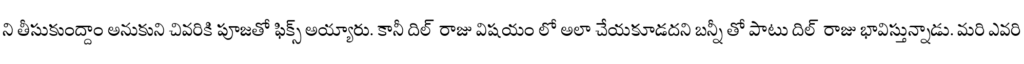
ని తీసుకుంద్దాం అనుకుని చివరికి పూజతో ఫిక్స్ అయ్యారు. కానీ దిల్ రాజు విషయం లో అలా చేయకూడదని బన్నీ తో పాటు దిల్ రాజు భావిస్తున్నాడు. మరి ఎవరి